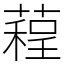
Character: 𦻓